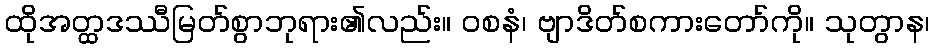
ထိုအတ္ထဒဿီမြတ်စွာဘုရား၏လည်း။ ဝစနံ၊ ဗျာဒိတ်စကားတော်ကို။ သုတွာန၊